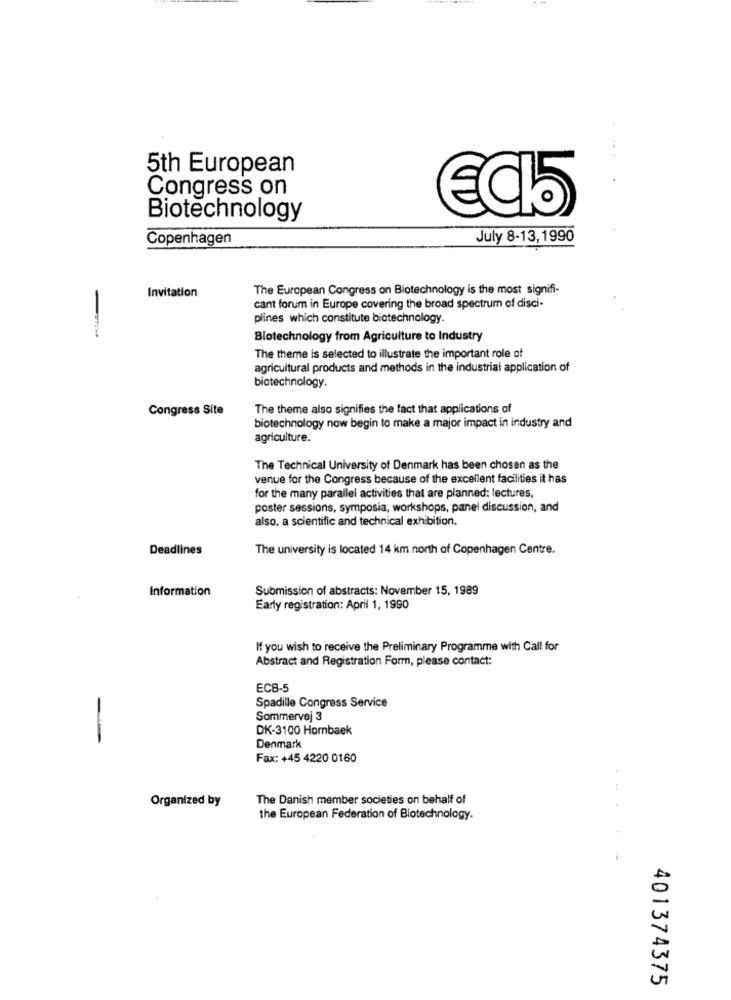
5th European
Congress on
EC15
Biotechnology
Copenhagen
July 8-13, 1990
Invitation
The European Congress on Biotechnology is the most signifi-
cant forum in Europe covering the broad spectrum of disci-
plines which constitute biotechnology.
Biotechnology from Agriculture to Industry
The theme is selected to illustrate the important role of
agricultural products and methods in the industrial application of
biotechnology.
Congress Site
The theme also signifies the fact that applications of
biotechnology now begin to make a major impact in industry and
agriculture.
The Technical University of Denmark has been chosen as the
venue for the Congress because of the excellent facilities it has
for the many parallel activities that are planned: lectures,
poster sessions, symposia, workshops, panel discussion, and
also, a scientific and technical exhibition.
Deadlines
The university is located 14 km north of Copenhagen Centre.
Information
Submission of abstracts: November 15, 1989
Early registration: April 1, 1990
If you wish to receive the Preliminary Programme with Call for
Abstract and Registration Form, please contact:
ECB-5
Spadille Congress Service
Sommervej 3
DK-3100 Hornbaek
-
Denmark
Fax: +45 4220 0160
Organized by
The Danish member societies on behalf of
the European Federation of Biotechnology.
401374375